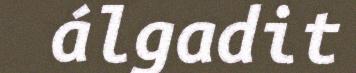
álgadit